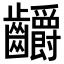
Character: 𪚅